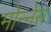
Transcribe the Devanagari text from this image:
मोन्‍नेस